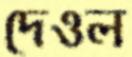
দেওল